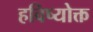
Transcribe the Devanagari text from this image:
हविष्योक्त